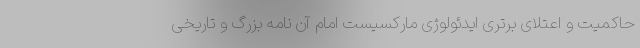
حاکمیت و اعتلای برتری ایدئولوژی مارکسیست امام آن نامه بزرگ و تاریخی